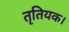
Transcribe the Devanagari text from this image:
तृतियक।